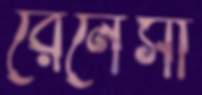
রেনেঁসা